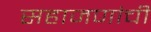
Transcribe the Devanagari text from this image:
सहाजणांची